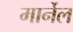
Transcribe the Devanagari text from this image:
मार्नेल